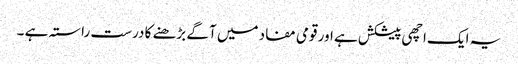
یہ ایک اچھی پیشکش ہے اور قومی مفاد میں آگے بڑھنے کا درست راستہ ہے ۔